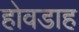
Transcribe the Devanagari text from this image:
होवडाह